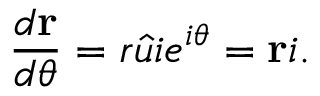
{ \frac { d \mathbf { r } } { d \theta } } = r { \hat { u } } i e ^ { i \theta } = \mathbf { r } i .